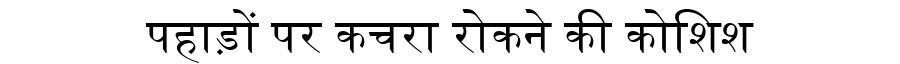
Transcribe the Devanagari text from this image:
पहाड़ों पर कचरा रोकने की कोशिश